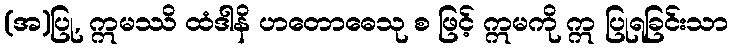
(အ)ပြု, ဣမဿိ ထံဒါနိ ဟတောဓေသု စ ဖြင့် ဣမကို ဣ ပြုရခြင်းသာ